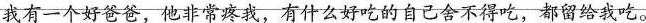
我有一个好爸爸，他非常疼我，有什么好吃的自己舍不得吃，都留给我吃。